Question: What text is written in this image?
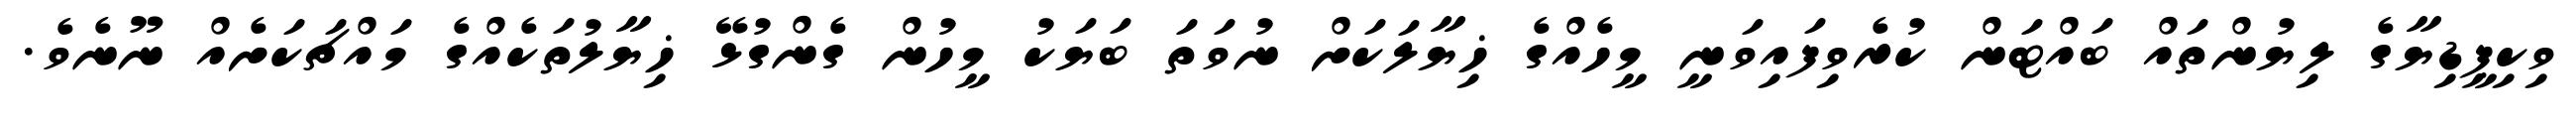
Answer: ވިކިޕީޑިޔާގެ ލިޔުންތައް ބައްޓަން ކުރެވިފައިވަނީ މީހެއްގެ ޚިޔާލަކަށް ނުވަތަ ބަޔަކު މީހުން ގެންގުޅޭ ޚިޔާލުތަކެއްގެ މައްޗަކަށެއް ނޫނެވެ.